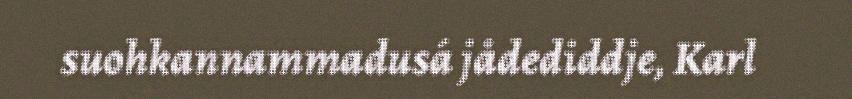
suohkannammadusá jådediddje, Karl